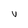
Character: v